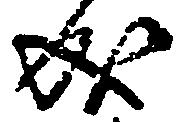
成